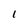
Character: 1